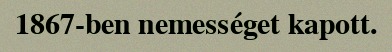
1867-ben nemességet kapott.